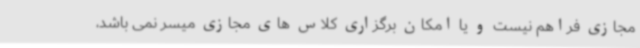
مجازی فراهم نیست و یا امکان برگزاری کلاس های مجازی میسر نمی باشد،